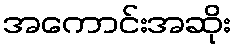
အကောင်းအဆိုး